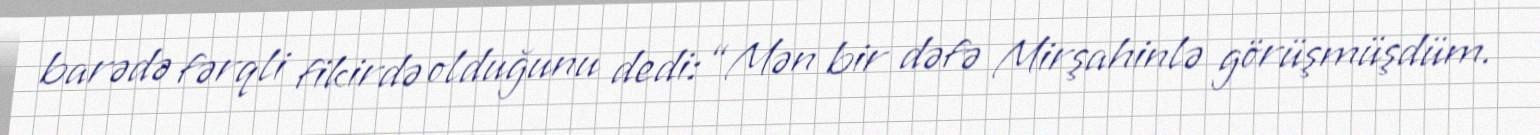
barədə fərqli fikirdə olduğunu dedi: “Mən bir dəfə Mirşahinlə görüşmüşdüm.